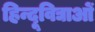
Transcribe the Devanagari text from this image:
हिन्दूविद्याओं